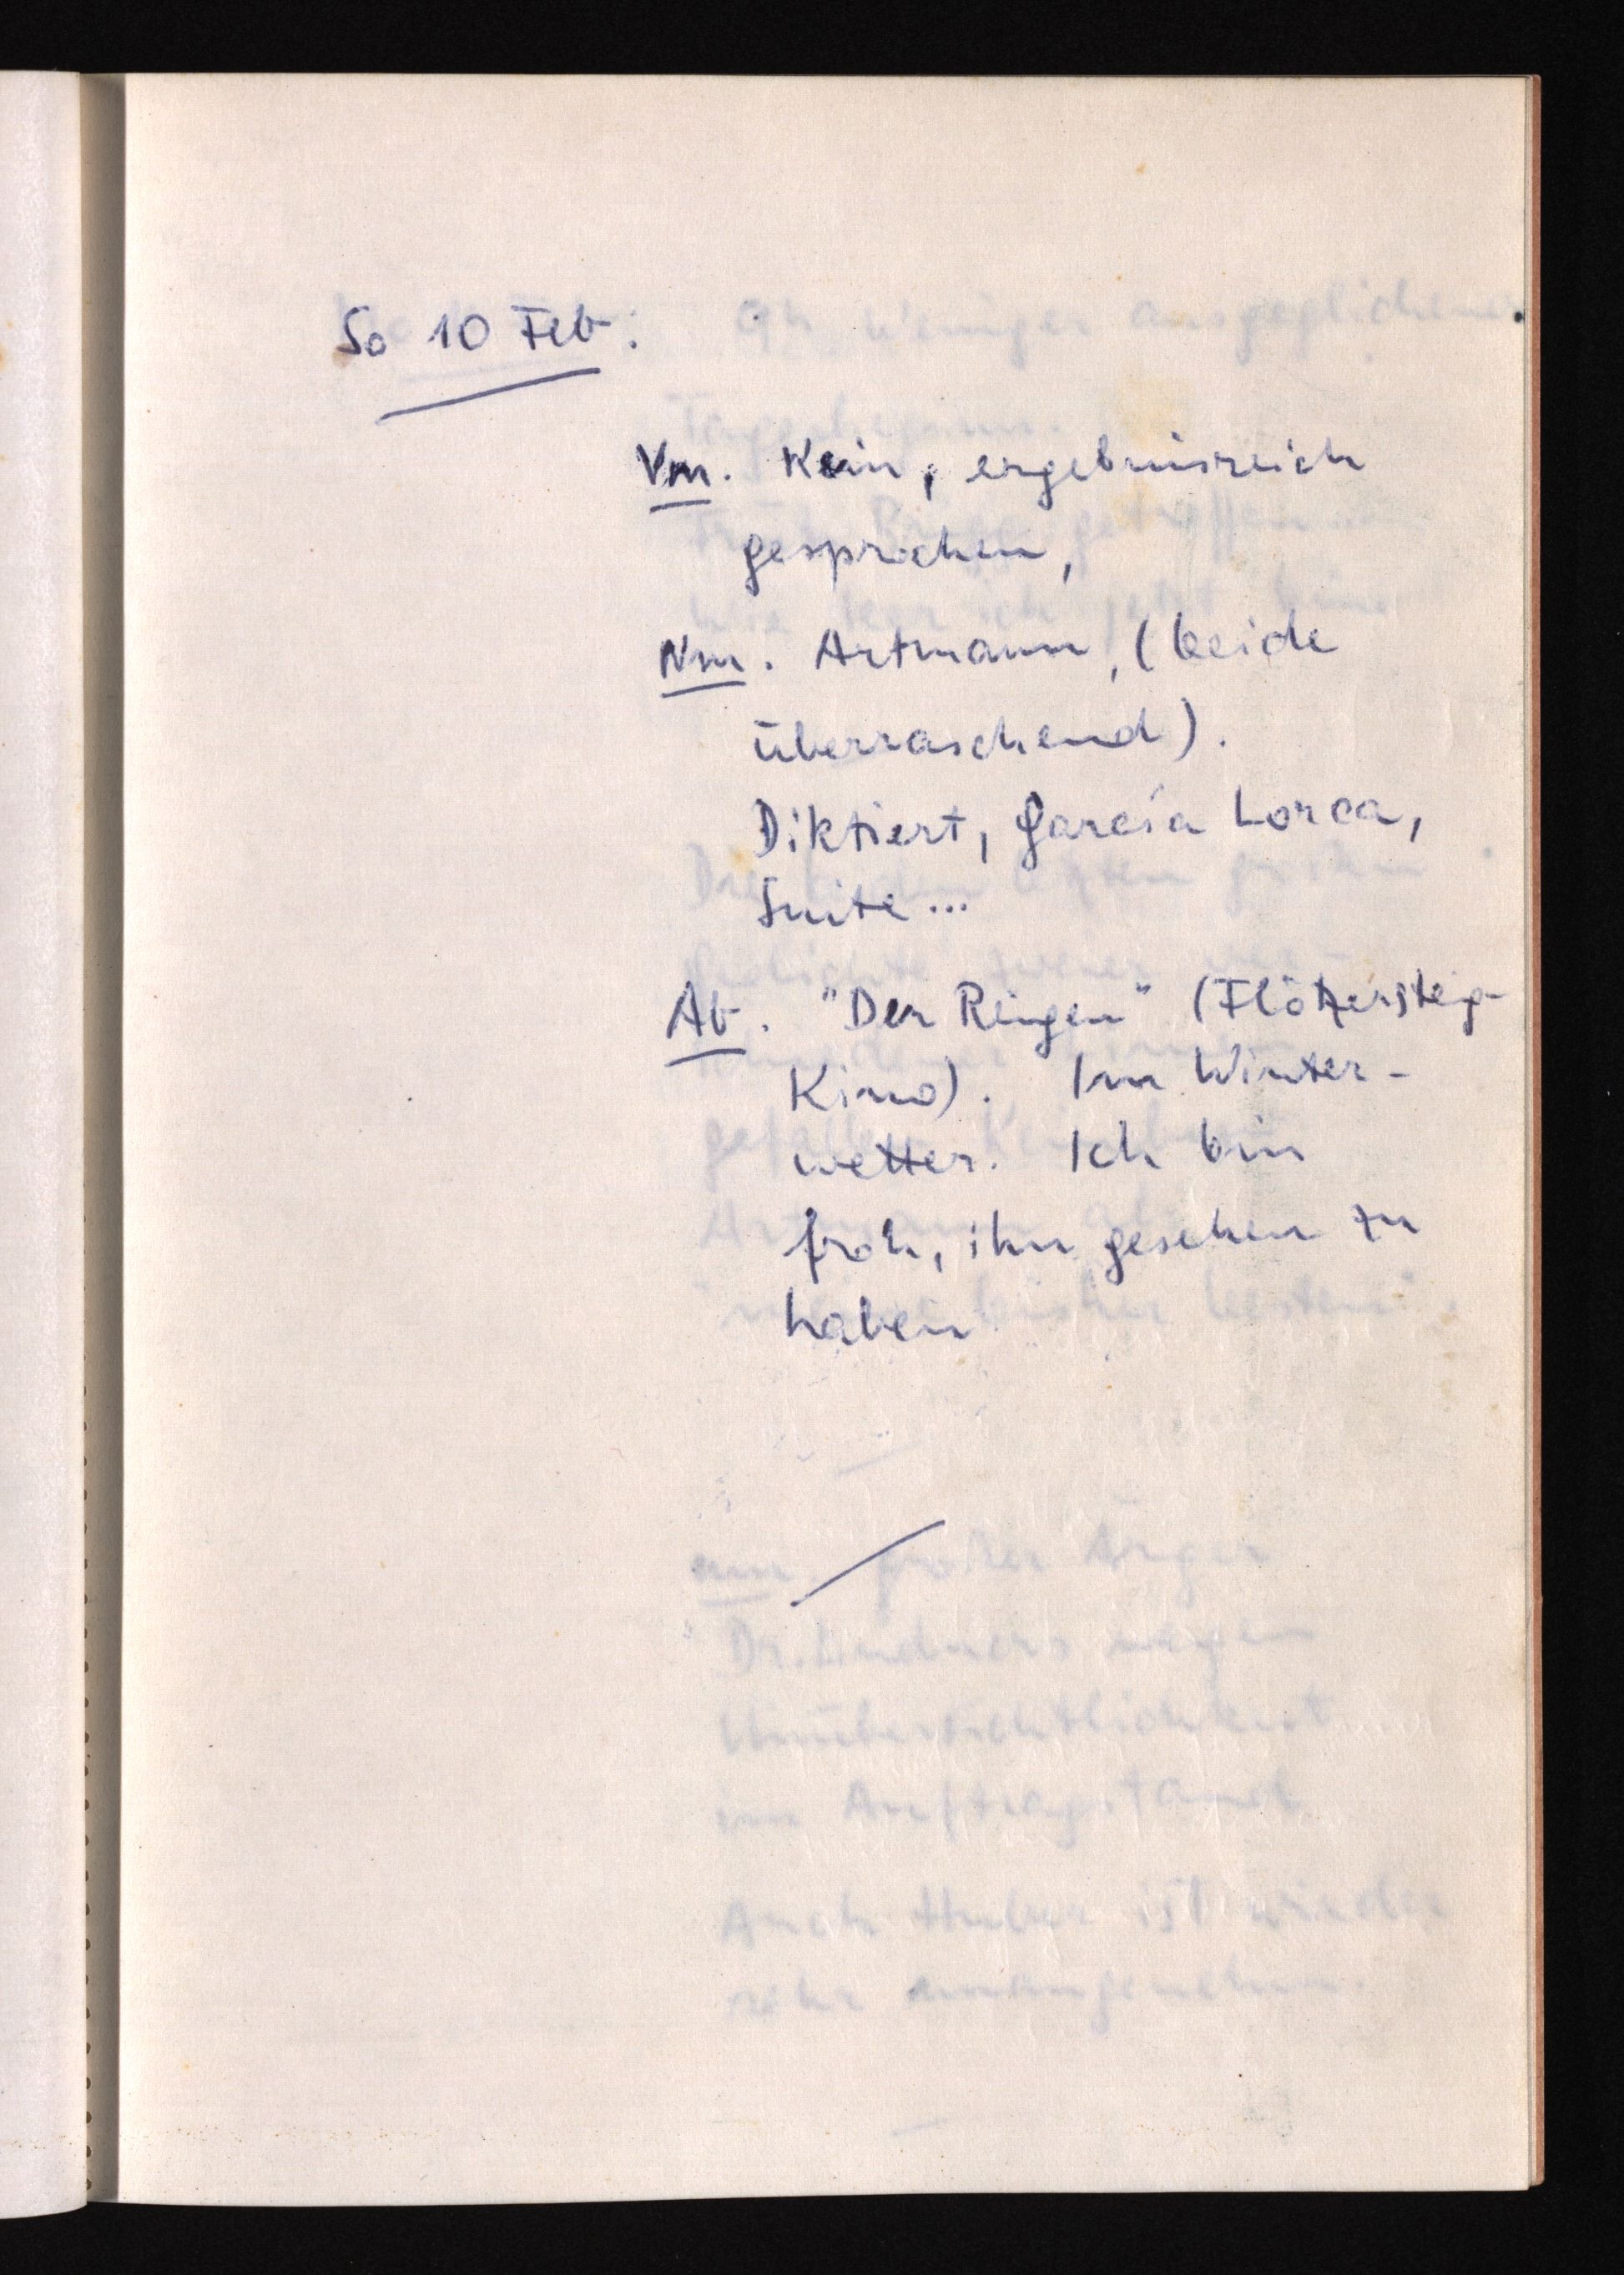
So 10 Feb:
Vm. Kein, ergebnisreich
gesprochen,
Nm. Artmann, (beide
überraschend).
Diktiert, García Lorca,
Suite ...
Ab. "Der Reigen" (Flötzersteig¬
Kino). Im Winter¬
wetter. Ich bin
froh, ihn gesehen zu
haben.